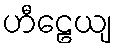
ဟီဠေယျ